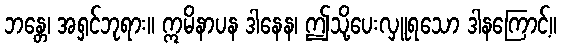
ဘန္တေ၊ အရှင်ဘုရား။ ဣမိနာပန ဒါနေန၊ ဤသို့ပေးလှူရသော ဒါနကြောင့်။